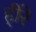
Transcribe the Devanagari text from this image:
ही्रे